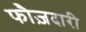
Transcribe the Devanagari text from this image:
फौज़दारी